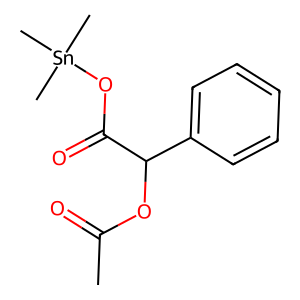
SMILES: CC(=O)OC(C(=O)O[Sn](C)(C)C)c1ccccc1
Inhibits HIV replication: No